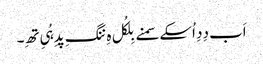
اَب دِدِ اُسکے سمنے بِلکُل ہِ ننگِ پدِ ہُیِ تھِ۔